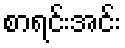
စာရင်းအင်း